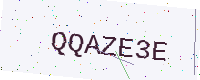
Text: QQAZE3E